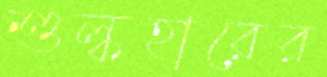
শুল্কহারের